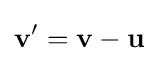
\mathbf {v'} =\mathbf {v} -\mathbf {u}